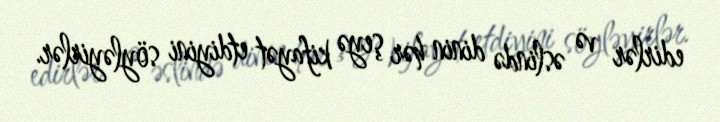
edirlər və əslində dinin hər şeyə kifayət etdiyini söyləyirlər.